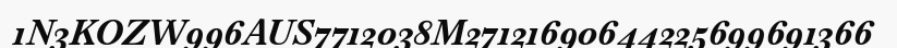
1N3KOZW996AUS7712038M27121690644225699691366